Account of plague administration in the Bombay Presidency from September 1896 till May 1897
Year: 1896
Disease focus: Plague
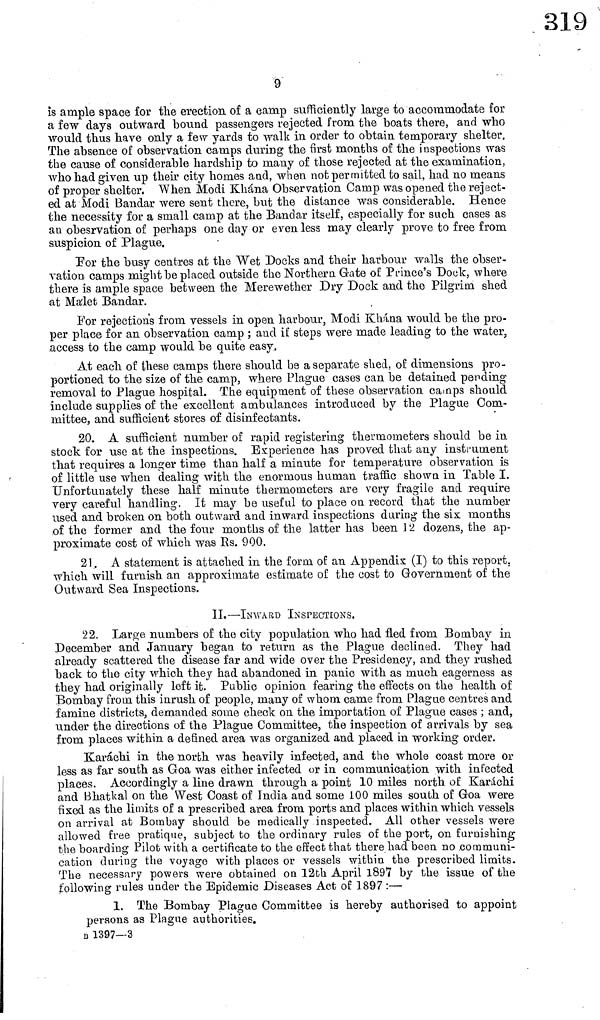
9
is ample space for the erection of a camp sufficiently large to accommodate for
a few days outward bound passengers rejected from the boats there, and who
would thus have only a few yards to walk in order to obtain temporary shelter.
The absence of observation camps during the first months of the inspections was
the cause of considerable hardship to many of those rejected at the examination,
who had given up then' city homes and, when not permitted to sail, had no means
of proper shelter, When Modi Khàna Observation Camp was opened the reject-
ed at Modi Bandar were sent there, but the distance was considerable. Hence
the necessity for a small camp at the Bandar itself, especially for such cases as
an obesrvation of perhaps one day or even less may clearly prove to free from
suspicion of Plague.
For the busy centres at the Wet Docks and their harbour walls the obser-
vation camps might be placed outside the Northern Grate of Prince's Dock, where
there is ample space between the Merewether Dry Dock and the Pilgrim shed
at Malet Bandar.
For rejection's from vessels in open harbour, Modi Khána would be the pro-
per place for an observation camp ; and if steps were made leading to the water,
access to the camp would be quite easy.
At each of these camps there should be a separate shed, of dimensions pro-
portioned to the size of the camp, where Plague cases can be detained pending
removal to Plague hospital. The equipment of these observation camps should
include supplies of the excellent ambulances introduced by the Plague Com-
mittee, and sufficient stores of disinfectants.
20. A sufficient number of rapid registering thermometers should be in
stock for use at the inspections. Experience has proved that any instrument
that requires a longer time than half a minute for temperature observation is
of little use when dealing with the enormous human traffic show in Table I.
Unfortunately these half minute thermometers are very fragile and require
very careful handling. It may be useful to place on record that the number
used and broken on both outward and inward inspections during the six months
of the former and the four months of the latter has been J 2 dozens, the ap-
proximate cost of which was Rs. 900.
21. A statement is attached in the form of an Appendix (I) to this report,
which will furnish an approximate estimate of the cost to Government of the
Outward Sea Inspections.
II.—INWARD INSPECTIONS.
22. Large numbers of the city population who had fled from Bombay in
December and January began to return as the Plague declined. They had
already scattered the disease far and wide over the Presidency, and they rushed
back to the city which they had abandoned in panic with as much eagerness as
they had originally left it. Public opinion fearing the effects on the health of
Bombay from this inrush of people, many of whom came from Plague centres and
famine districts, demanded some check on the importation of Plague cases ; and,
under the directions of the Plague Committee, the inspection of arrivals by sea
from places within a defined area was organized and placed in working order.
Karachi in the north was heavily infected, and the whole coast more or
less as far south as Goa was either infected or in communication with infected
places. Accordingly a line drawn through a point 10 miles north of Karachi
and Bhatkal on the West Coast of India and some 100 miles south of Goa were
fixed as the limits of a prescribed area from ports and places within which vessels
on arrival at Bombay should be medically inspected. All other vessels were
allowed free pratique, subject to the ordinary rules of the port, on furnishing
the boarding Pilot with a certificate to the effect that there had been no communi-
cation during the voyage with places or vessels within the prescribed limits.
The necessary powers were obtained On 12th April 1897 by the issue of the
following rules under the Epidemic Diseases Act of 1897 :—
1. The Bombay Plague Committee is hereby authorised to appoint
persons as Plague authorities.
Β 1397—3